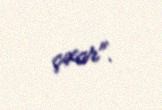
çıxar".